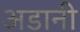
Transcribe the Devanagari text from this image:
अडानी